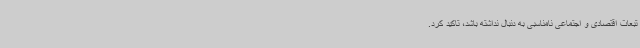
تبعات اقتصادی و اجتماعی نامناسبی به دنبال نداشته باشد، تاکید کرد.